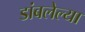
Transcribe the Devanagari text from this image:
डांबलेल्या